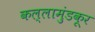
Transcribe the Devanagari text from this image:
कल्लामुंडकूर